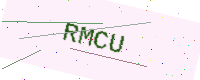
Text: RMCU